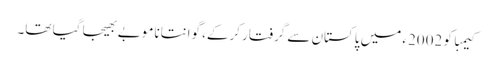
کیمبا کو 2002ء میں پاکستان سے گرفتار کرکے، گوانتانامو بے بھیجا گیا تھا۔